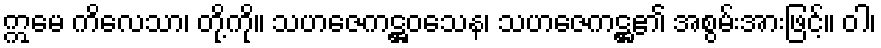
ဣမေ ကိလေသာ၊ တို့ကို။ သဟဇေကဋ္ဌဝသေန၊ သဟဇေကဋ္ဌ၏ အစွမ်းအားဖြင့်။ ဝါ၊